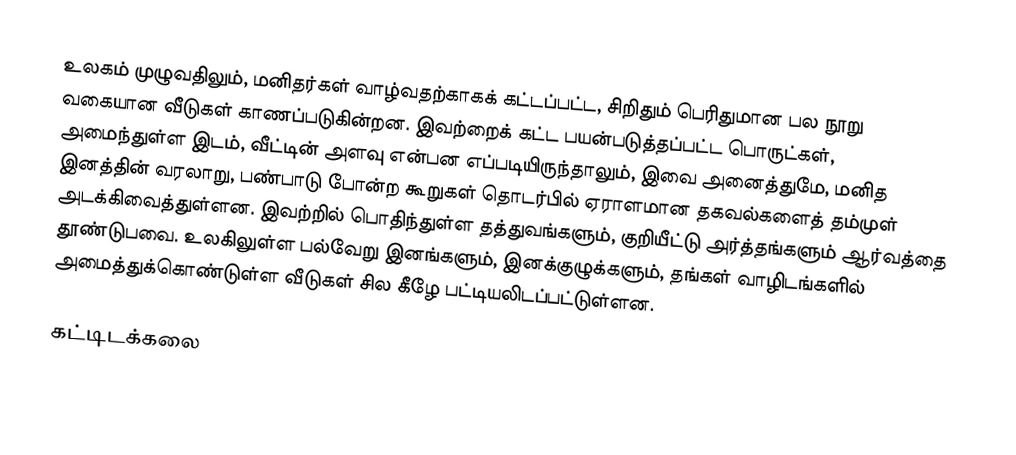
உலகம் முழுவதிலும், மனிதர்கள் வாழ்வதற்காகக் கட்டப்பட்ட, சிறிதும் பெரிதுமான பல நூறு வகையான வீடுகள் காணப்படுகின்றன. இவற்றைக் கட்ட பயன்படுத்தப்பட்ட பொருட்கள், அமைந்துள்ள இடம், வீட்டின் அளவு என்பன எப்படியிருந்தாலும், இவை அனைத்துமே, மனித இனத்தின் வரலாறு, பண்பாடு போன்ற கூறுகள் தொடர்பில் ஏராளமான தகவல்களைத் தம்முள் அடக்கிவைத்துள்ளன. இவற்றில் பொதிந்துள்ள தத்துவங்களும், குறியீட்டு அர்த்தங்களும் ஆர்வத்தை தூண்டுபவை. உலகிலுள்ள பல்வேறு இனங்களும், இனக்குழுக்களும், தங்கள் வாழிடங்களில் அமைத்துக்கொண்டுள்ள வீடுகள் சில கீழே பட்டியலிடப்பட்டுள்ளன.

கட்டிடக்கலை